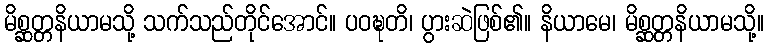
မိစ္ဆတ္တနိယာမသို့ သက်သည်တိုင်အောင်။ ပဝဍ္ဎတိ၊ ပွားဆဲဖြစ်၏။ နိယာမေ၊ မိစ္ဆတ္တနိယာမသို့။